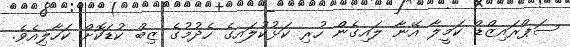
ސަޕްރައިޒްޑް ކަމީލާ އޭނާ ލައިގެން ހުރި ކަޅުކުލައިގެ ހެދުމުގެ ޒިބް ކުޑަކޮށް ކަހާލިއެވެ.